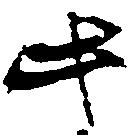
此